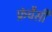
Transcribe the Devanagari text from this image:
फ्रंचैसी